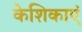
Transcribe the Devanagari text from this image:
केशिकाएं